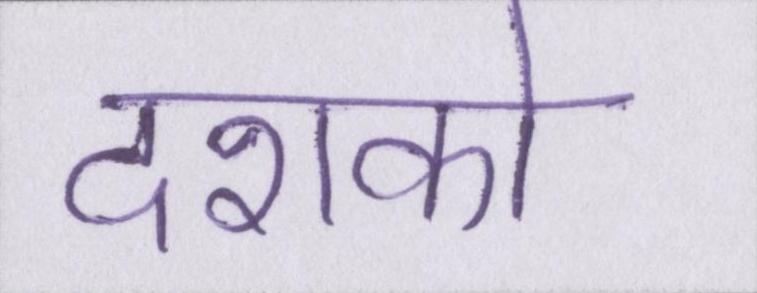
दशको